Document type: Recognition
Year: 1437
Scribe: Pere Ponçgem
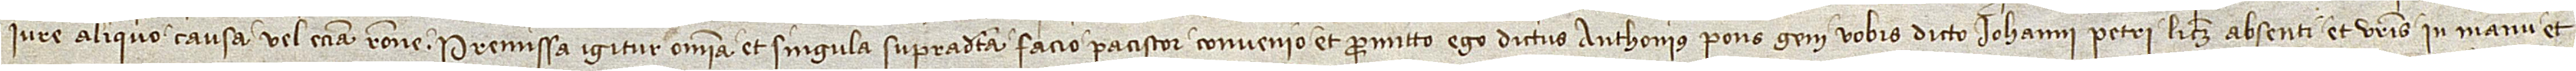
iure aliquo, causa vel etiam ratione. Premissa igitur omnia et singula supradicta facio, paciscor, convenio et promitto ego dictus Anthonius Ponsgem dicto Iohanni Petri, licet absenti, et vestris in manu et